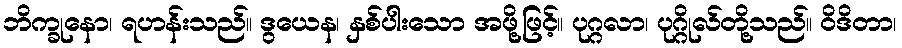
ဘိက္ခုနော၊ ရဟန်းသည်။ ဒွယေန၊ နှစ်ပါးသော အဖို့ဖြင့်။ ပုဂ္ဂလာ၊ ပုဂ္ဂိုလ်တို့သည်။ ဝိဒိတာ၊